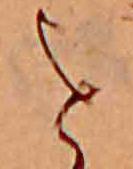
を